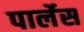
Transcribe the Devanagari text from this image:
पार्लेस